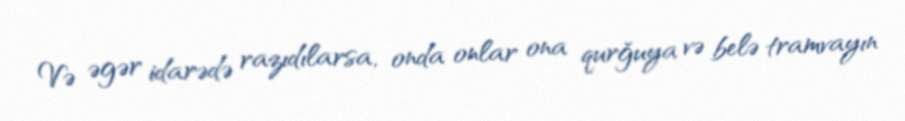
Və əgər idarədə razıdılarsa, onda onlar ona qurğuya və belə tramvayın